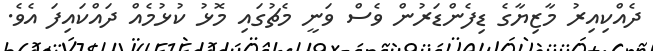
ދެއްކިއިރު މާޒިޔާގެ ޑިފެންޑަރުން ވެސް ވަނީ މެޗުގައި މޮޅު ކުޅުމެއް ދައްކައިފަ އެވެ.